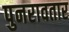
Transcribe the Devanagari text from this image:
पुनरावतार